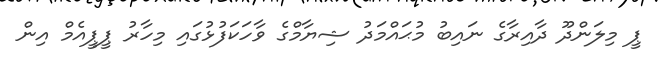
ޕީ މިލަންދޫ ދާއިރާގެ ނައިބު މުޙައްމަދު ޝިޔާމްގެ ވާހަކަފުޅުގައި މިހާރު ޕީޕީއެމް އިން